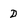
Character: D